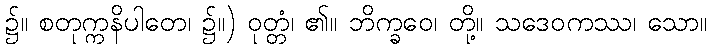
၌။ စတုက္ကနိပါတေ၊ ၌။) ဝုတ္တံ၊ ၏။ ဘိက္ခဝေ၊ တို့။ သဒေဝကဿ၊ သော။